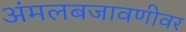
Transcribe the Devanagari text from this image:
अंमलबजावणीवर